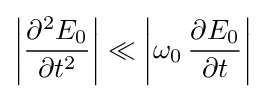
\left|{\frac {\partial ^{2}E_{0}}{\partial t^{2}}}\right|\ll \left|\omega _{0}\,{\frac {\partial E_{0}}{\partial t}}\right|